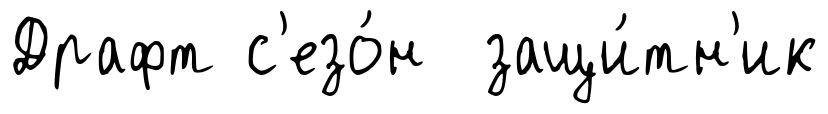
Драфт с'езо́н защи́тн'ик